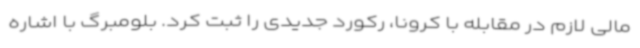
مالی لازم در مقابله با کرونا، رکورد جدیدی را ثبت کرد. بلومبرگ با اشاره